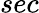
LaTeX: sec